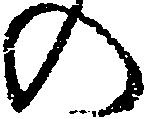
の